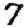
Digit: 7